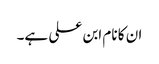
ان کا نام ابن علی ہے۔